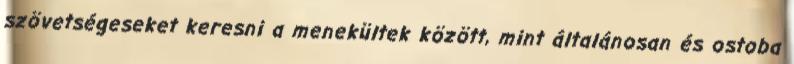
szövetségeseket keresni a menekültek között, mint általánosan és ostoba